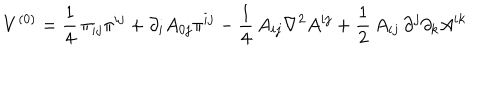
V ^ { ( 0 ) } = \frac { 1 } { 4 } \, \pi _ { i j } \pi ^ { i j } + \partial _ { i } A _ { 0 j } \pi ^ { i j } - \frac { 1 } { 4 } \, A _ { i j } \nabla ^ { 2 } A ^ { i j } + \frac { 1 } { 2 } \, A _ { i j } \, \partial ^ { j } \partial _ { k } A ^ { i k }